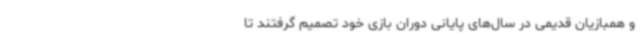
و همبازیان قدیمی در سال‌های پایانی دوران بازی خود تصمیم گرفتند تا